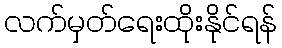
လက်မှတ်ရေးထိုးနိုင်ရန်